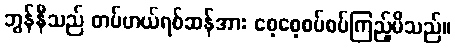
ဘွန်နီသည် တပ်ဟယ်ရစ်ဆန်အား စေ့စေ့စပ်စပ်ကြည့်မိသည်။